Scottish Leaving Certificate Examination, 1956
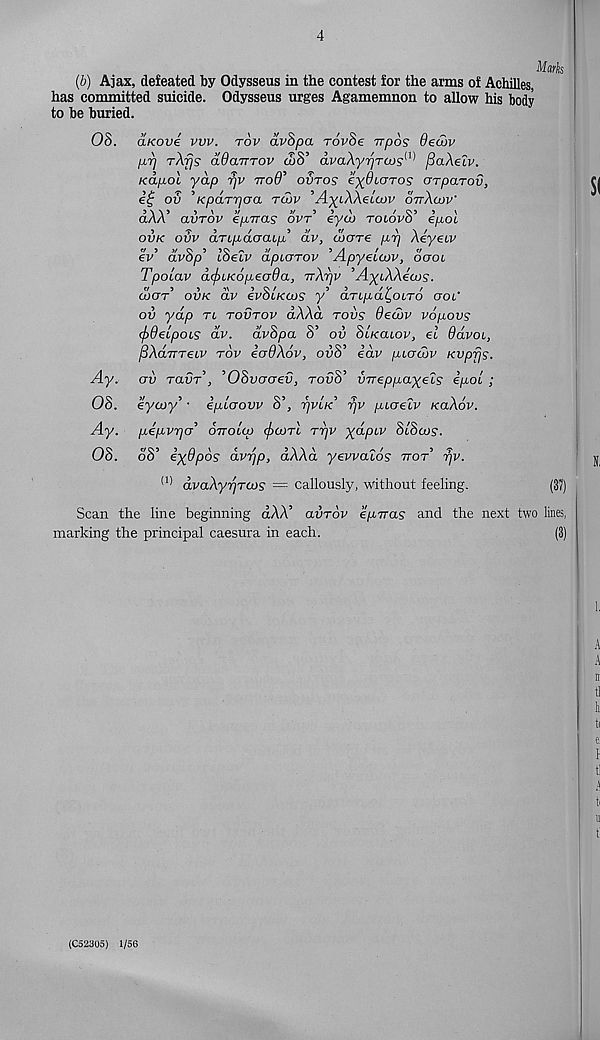
4
Marks
(b) Ajax, defeated by Odysseus in the contest for the arms of Achilles,
has committed suicide. Odysseus urges Agamemnon to allow his body
to be buried.
OS. aKove vvv. top avSpa rovSe irpos decov
p.r] rXfjs ddavrov wS’ dvaXy^TCJS^ fiaXelv.
Kap.ol yap rjv voO' ovtos eyOujTos crrpaTov,
ov ’KpaTiTjoa twv ’AyiXXeiCUP ottXcov'
aAA avrov efiTras ovr eyco toiovo efioc
ovk ovv aTipdoaip dv, toare p,rj Xeyav
ev avop iOeiv apicrrov /ipyeicov, oaoi
TpoLav dcfuKop-eada, TrXpv 'AyiXXecos.
waA ovk dv ivSiKCOS y’ drt/xa^otro aoi'
ov yap tl tovtov dXXd tovs 9eu>v vopovs
cf>9ecpoLS dv. dvSpa S’ ov SiKatov, el 9dvoL,
fiXaiTTeiv tov icrdXov, ovS’ idv pLOtov Kvpfjs.
av ravr’, ’OSvcrcrev, rovS’ vTreppayels ipol ;
eycL)y , • eplaovv S’, rjvlK rjv piaelv koXov.
pepvrjA ottolco <f)(x>Ai Trjv yd/cav SlSws.
oo eyupos avrjp, aAAa yevvcuos ttot tjv.
(1) dvaXyr/rcos = callously, without feeling.
(37)
Scan the line beginning dAA’ avrov eprras and the next two lines,
marking the principal caesura in each.
(3)
Ay.
OS.
Ay.
OS.
(C52305) 1/56